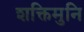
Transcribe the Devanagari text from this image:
शक्तिमुनि